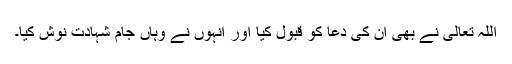
اللہ تعالیٰ نے بھی ان کی دعا کو قبول کیا اور انہوں نے وہاں جام شہادت نوش کیا۔